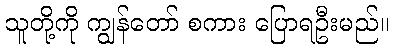
သူတို့ကို ကျွန်တော် စကား ပြောရဦးမည်။